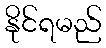
နိုင်ရမည်